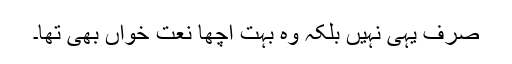
صرف یہی نہیں بلکہ وہ بہت اچھا نعت خواں بھی تھا۔